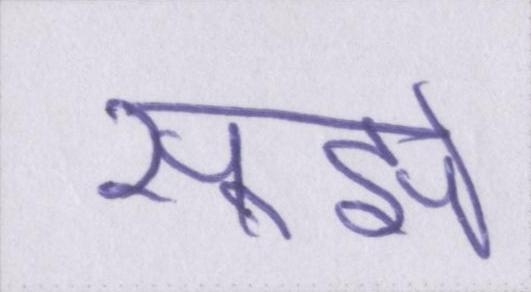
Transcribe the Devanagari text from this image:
सूझे